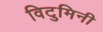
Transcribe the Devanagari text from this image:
विटुमिनी